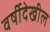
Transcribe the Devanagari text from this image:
वर्षीदेखील